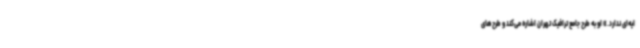
ایه‌ای ندارد.» او به طرح جامع ترافیک تهران اشاره می‌کند و طرح‌های